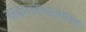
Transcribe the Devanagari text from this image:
संकेतस्थलांवर